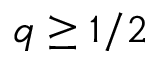
q \geq 1 / 2